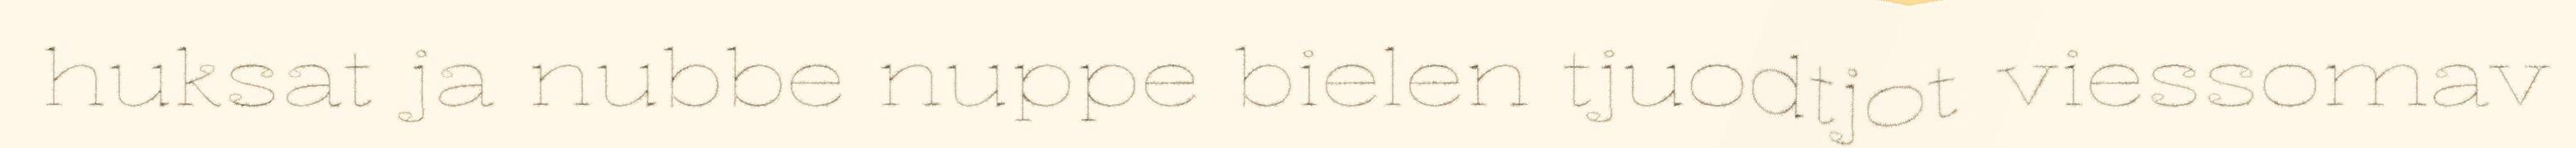
huksat ja nubbe nuppe bielen tjuodtjot viessomav